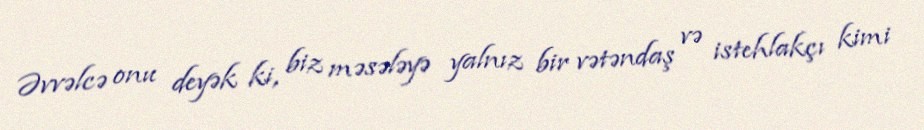
Əvvəlcə onu deyək ki, biz məsələyə yalnız bir vətəndaş və istehlakçı kimi